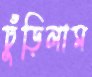
ঢুঁড়িলাম